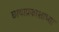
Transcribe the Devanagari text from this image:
छायाप्रकाशाच्या